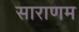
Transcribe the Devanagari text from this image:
साराणम